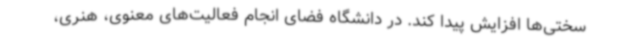
سختی‌ها افزایش پیدا کند. در دانشگاه فضای انجام فعالیت‌های معنوی، هنری،